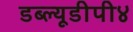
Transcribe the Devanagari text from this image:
डब्ल्यूडीपी४